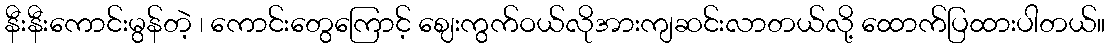
နီးနီးကောင်းမွန်တဲ့ ၊ ကောင်းတွေကြောင့် ဈေးကွက်ဝယ်လိုအားကျဆင်းလာတယ်လို့ ထောက်ပြထားပါတယ်။